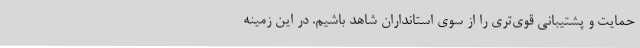
حمایت و پشتیبانی قوی‌تری را از سوی استانداران شاهد باشیم. در این زمینه